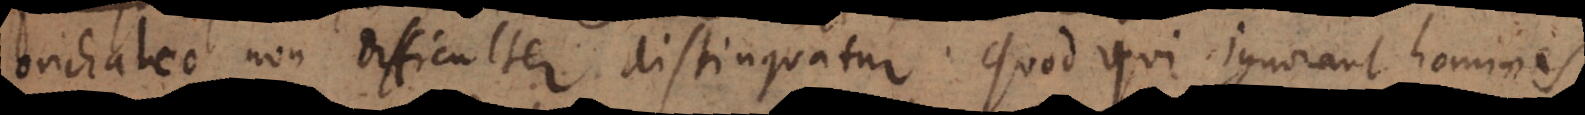
orichalco non difficulter distinguatur. Quod qui ignorant homines